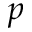
p